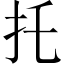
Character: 托